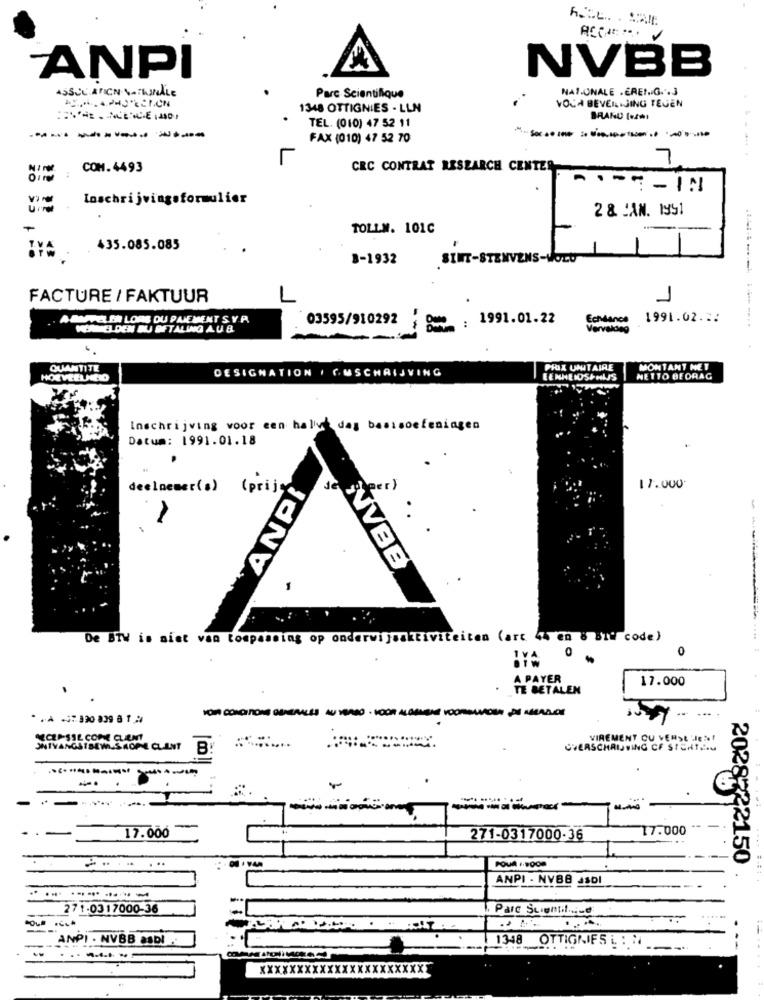
ANPI
NVBB
NAZONALE .EREIG. . 3
Parc Scientifique
1348 OTTIGNIES - LLN
VOCA BEVEILIGING TEGEN
TEL. (010) 47 52 11
BRAND teANI
------------
FAX (010) 47 52 70
7
COM. 4493
CRC CONTRAT RESEARCH CENTER
A .- C - IN
Inschrijvingsformulier
2 & CAN. 1951
TOLLM. 101C
435.085.085
3-1932
SINT-STENVENS-VOLU
FACTURE / FAKTUUR
1
1
ABMVAL ERI LORS DU PAIEMENT S.Y.P.
03595/910292
: 1991.01.22
Echance
1991.02.2:
VERNICI DEN BU BETALING A. U. B.
Vervalde
QUANTITE
DESIGNATION / CMSCHRIJVING
PRIX UNITAIRE
MONTANT HET
HOEVEELHEID
EENHEIDSPRIJS
NETTO BEDRAG
Inschrijving voor een halvt das basisoefeningen
Datum: 1991.01.18
.
deelnemer(s)
ANPI
beer)
17.000
(prijs
De BTW is niet van toepassing op onderwijsaktiviteiten (art 44 en 8 Bit code)
O
. .
A PAYER
17.000
.
TE BETALEN
.100
VOORELLOS MI AMADOR
CLASSL COME CLIENT
VIREMENT OU VERSE HIER!
ONTVANGSTSEWILSKOPE CLANT
B
OVERSCHRIJVING CF STERIA
-.
-
.*
17.000
-
17.000
271-0317000-36
2028722150
POUR .. SOON
ANPI - NVBB Jsol
271-0317000-36
Parc Sugntil.i.d:
ANPI . NVBB ASDI ..
1348 OTTIGNIFSL :"
---
xxxxxxXXXXXXXXXXXXXXXX